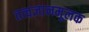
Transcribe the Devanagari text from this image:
तत्वज्ञानमूलक